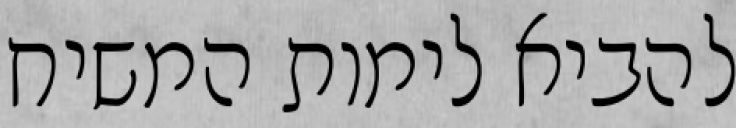
להביא לימות המשיח